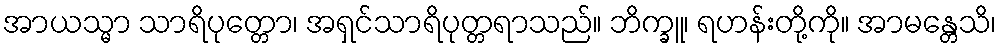
အာယသ္မာ သာရိပုတ္တော၊ အရှင်သာရိပုတ္တရာသည်။ ဘိက္ခူ၊ ရဟန်းတို့ကို။ အာမန္တေသိ၊